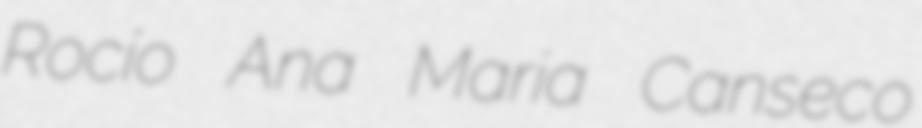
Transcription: Rocío Ana Maria Canseco